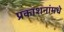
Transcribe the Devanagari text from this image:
प्रकाशनांमधे